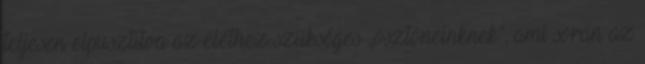
teljesen elpusztítva az élethez szükséges „ösztöneinknek”, ami során az